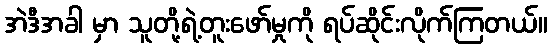
အဲဒီအခါ မှာ သူတို့ရဲ့တူးဖော်မှုကို ရပ်ဆိုင်းလိုက်ကြတယ်။